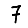
Digit: 7